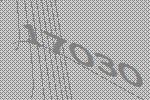
17030